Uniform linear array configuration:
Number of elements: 24
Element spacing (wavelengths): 0.75
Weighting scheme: kaiser
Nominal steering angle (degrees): -30
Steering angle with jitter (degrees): -30.628
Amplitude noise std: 0.05
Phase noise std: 0.05

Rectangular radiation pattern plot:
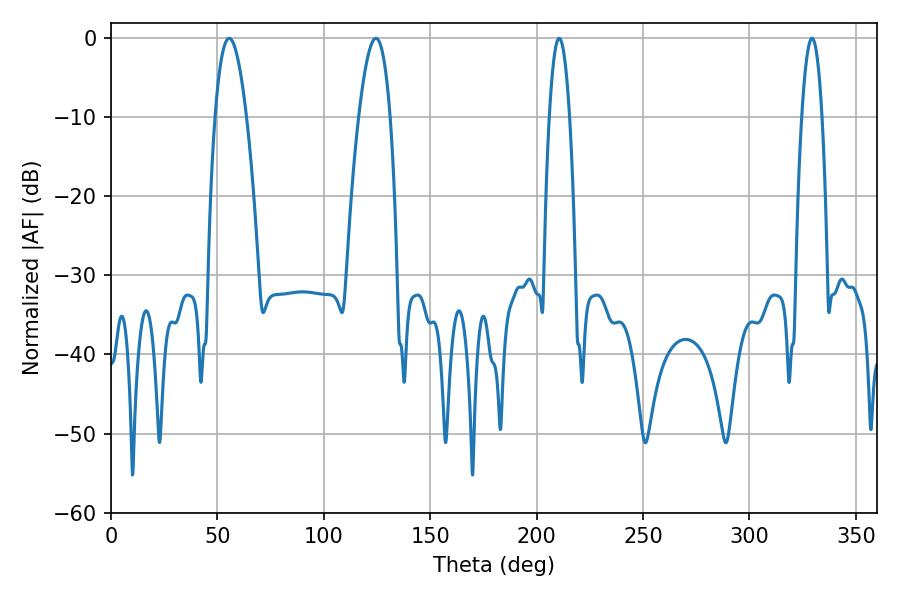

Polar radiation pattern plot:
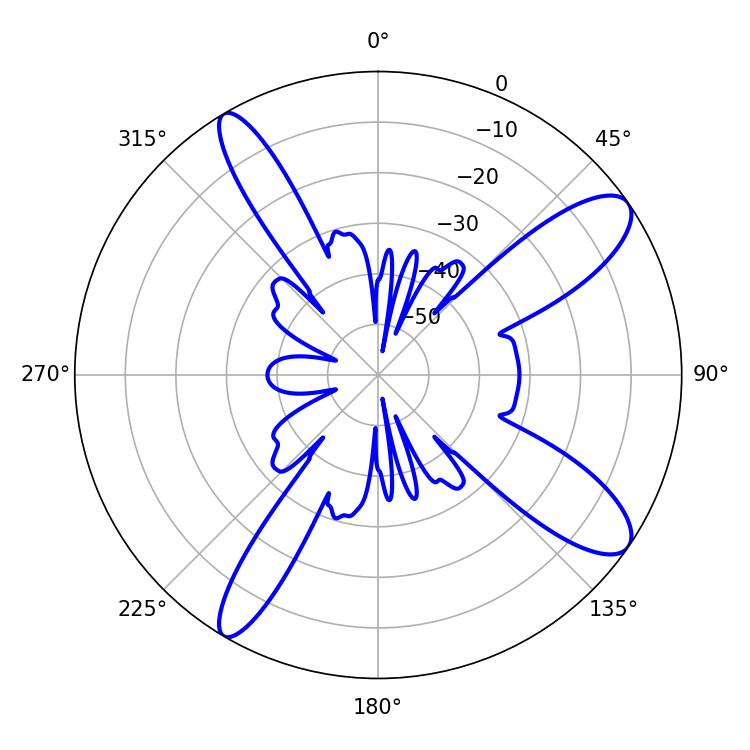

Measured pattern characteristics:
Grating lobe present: TRUE
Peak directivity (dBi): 11.204
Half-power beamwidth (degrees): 5.22
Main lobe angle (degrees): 210.6